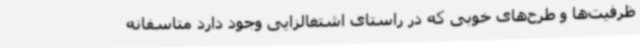
ظرفیت‌ها و طرح‌های خوبی که در راستای اشتغالزایی وجود دارد متاسفانه